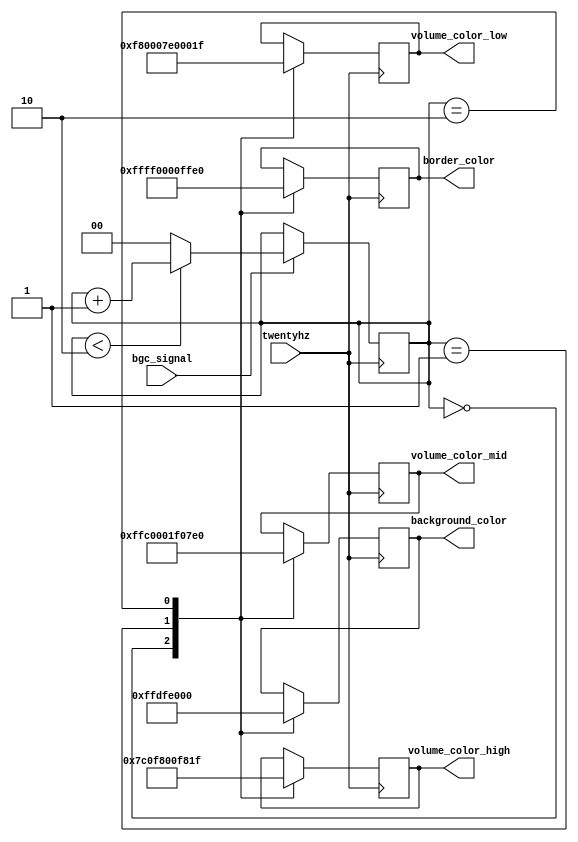
`timescale 1ns / 1ps
//////////////////////////////////////////////////////////////////////////////////
// Company: 
// Engineer: 
// 
// Design Name: 
// Module Name: change_color
// Project Name: 
// Target Devices: 
// Tool Versions: 
// Description: 
// 
// Dependencies: 
// 
// Revision:
// Revision 0.01 - File Created
// Additional Comments:
// 
//////////////////////////////////////////////////////////////////////////////////


module change_color(input twentyhz,input bgc_signal, output reg [15:0] volume_color_low = 0, output reg [15:0] volume_color_mid = 0,output reg [15:0] volume_color_high = 0,output reg [15:0] border_color = 0, output reg [15:0] background_color = 0);

    reg [1:0] counter = 0;
    
    always @ (posedge twentyhz)
    begin
        counter = (bgc_signal == 1) ? ((counter < 2) ? counter + 1: 0) : counter;
    end
    
    always @ (posedge twentyhz)
        case (counter)
            2'b00:
                begin
                volume_color_low = {5'b11111, 6'b000000, 5'b00000}; //Red
                volume_color_mid = {5'b11111, 6'b111110, 5'b00000}; //Yellow
                volume_color_high = {5'b00000, 6'b111110, 5'b00000}; //Green
                border_color = {5'b11111, 6'b111111, 5'b11111}; //White
                background_color = {5'b00000,6'b000000,5'b00000}; //Black
                end
            2'b01:
                begin
                volume_color_low = {5'b00000,6'b111111,5'b00000}; //Green
                volume_color_mid = {5'b00000,6'b000000,5'b11111};   //Blue
                volume_color_high = {5'b11111,6'b000000,5'b00000};  //Red
                border_color = {5'b00000,6'b000000,5'b00000};   //Black
                background_color = {5'b11111,6'b111110,5'b11111};   //White
                end
            2'b10:
                begin
                volume_color_low = {5'b00000,6'b000000,5'b11111};   //Blue
                volume_color_mid = {5'b00000,6'b111111,5'b00000};   //Green
                volume_color_high = {5'b11111,6'b000000,5'b11111};  //Purple
                border_color = {5'b11111,6'b111111,5'b00000};   //yellow
                background_color = {5'b11100,6'b000000,5'b00000};   //Red
                end
        endcase
endmodule